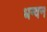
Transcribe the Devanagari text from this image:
धन्वन